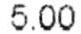
5.00